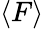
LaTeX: \langle F\rangle